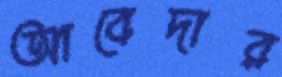
আবেদার